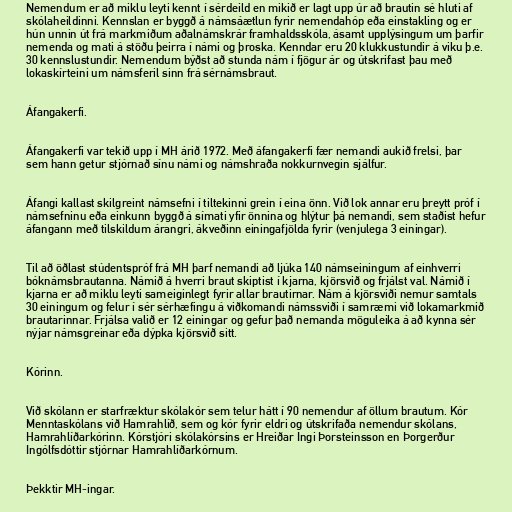
Nemendum er að miklu leyti kennt í sérdeild en mikið er lagt upp úr að brautin sé hluti af
skólaheildinni. Kennslan er byggð á námsáætlun fyrir nemendahóp eða einstakling og er
hún unnin út frá markmiðum aðalnámskrár framhaldsskóla, ásamt upplýsingum um þarfir
nemenda og mati á stöðu þeirra í námi og þroska. Kenndar eru 20 klukkustundir á viku þ.e.
30 kennslustundir. Nemendum býðst að stunda nám í fjögur ár og útskrifast þau með
lokaskírteini um námsferil sinn frá sérnámsbraut.

Áfangakerfi.

Áfangakerfi var tekið upp í MH árið 1972. Með áfangakerfi fær nemandi aukið frelsi, þar
sem hann getur stjórnað sínu námi og námshraða nokkurnvegin sjálfur.

Áfangi kallast skilgreint námsefni í tiltekinni grein í eina önn. Við lok annar eru þreytt próf í
námsefninu eða einkunn byggð á símati yfir önnina og hlýtur þá nemandi, sem staðist hefur
áfangann með tilskildum árangri, ákveðinn einingafjölda fyrir (venjulega 3 einingar).

Til að öðlast stúdentspróf frá MH þarf nemandi að ljúka 140 námseiningum af einhverri
bóknámsbrautanna. Námið á hverri braut skiptist í kjarna, kjörsvið og frjálst val. Námið í
kjarna er að miklu leyti sameiginlegt fyrir allar brautirnar. Nám á kjörsviði nemur samtals
30 einingum og felur í sér sérhæfingu á viðkomandi námssviði í samræmi við lokamarkmið
brautarinnar. Frjálsa valið er 12 einingar og gefur það nemanda möguleika á að kynna sér
nýjar námsgreinar eða dýpka kjörsvið sitt.

Kórinn.

Við skólann er starfræktur skólakór sem telur hátt í 90 nemendur af öllum brautum. Kór
Menntaskólans við Hamrahlíð, sem og kór fyrir eldri og útskrifaða nemendur skólans,
Hamrahlíðarkórinn. Kórstjóri skólakórsins er Hreiðar Ingi Þorsteinsson en Þorgerður
Ingólfsdóttir stjórnar Hamrahlíðarkórnum.

Þekktir MH-ingar.